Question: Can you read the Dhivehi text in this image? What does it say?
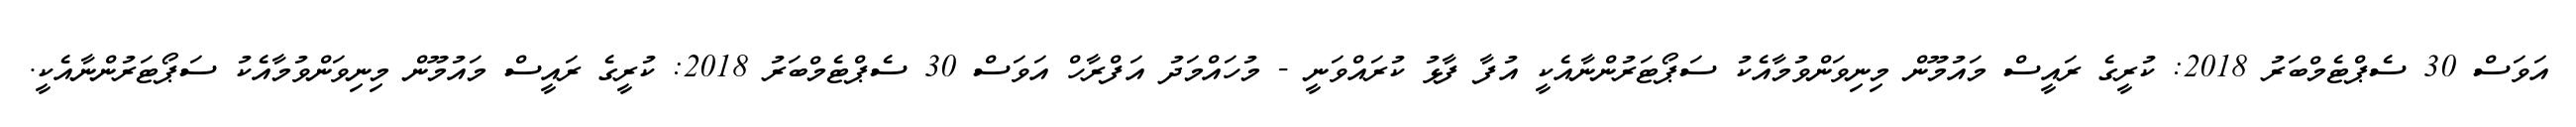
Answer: އަވަސް 30 ސެޕްޓެމްބަރު 2018: ކުރީގެ ރައީސް މައުމޫން މިނިވަންވުމާއެކު ސަޕޯޓަރުންނާއެކީ އުފާ ފާޅު ކުރައްވަނީ - މުހައްމަދު އަފްރާހް އަވަސް 30 ސެޕްޓެމްބަރު 2018: ކުރީގެ ރައީސް މައުމޫން މިނިވަންވުމާއެކު ސަޕޯޓަރުންނާއެކީ.